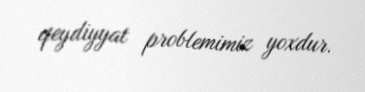
qeydiyyat problemimiz yoxdur.